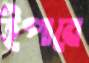
ইপাবে